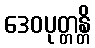
ဒေဝပုတ္တန္တိ